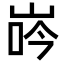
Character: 𡷧